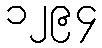
၁၂၉၄